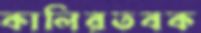
কালিরতবক